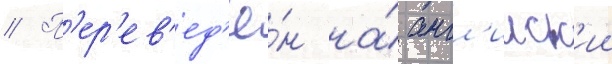
// П'ер'ев'ед'ё́н на́ англ'ииск'ии